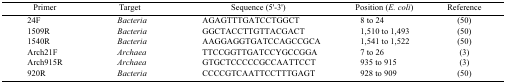
| Primer | Target | Sequence (5′-3′) | Position (E. coli) | Reference |
 | --- | --- | --- | --- | --- |
 | 24F | Bacteria | AGAGTTTGATCCTGGCT | 8 to 24 | (50) |
 | 1509R | Bacteria | GGCTACCTTGTTACGACT | 1,510 to 1,493 | (50) |
 | 1540R | Bacteria | AAGGAGGTGATCCAGCCGCA | 1,541 to 1,522 | (50) |
 | Arch21F | Archaea | TTCCGGTTGATCCYGCCGGA | 7 to 26 | (3) |
 | Arch915R | Archaea | GTGCTCCCCCGCCAATTCCT | 935 to 915 | (3) |
 | 920R | Bacteria | CCCCGTCAATTCCTTTGAGT | 928 to 909 | (50) |